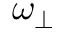
\omega _ { \perp }